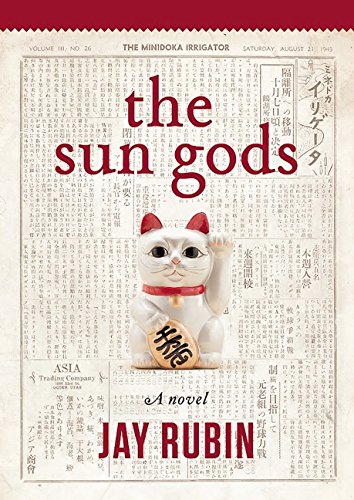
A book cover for The Sun Gods; Jay Rubin; Literature & Fiction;